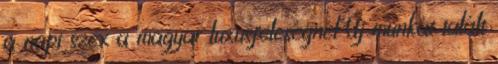
a napi szex a magyar luxusfeleségnél Új munkát talált